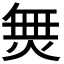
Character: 𭴿